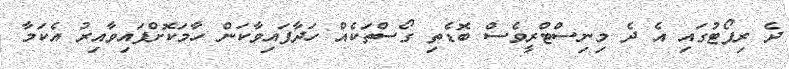
ދެ ރިޕޯޓުގައި އެ ދެ މިނިސްޓްރީވެސް ބޮޑެތި ގޯސްތަކެއް ހަދާފައިވާކަން ހާމަކޮށްފައިވާއިރު އެކަމާ